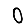
Digit: 0